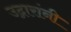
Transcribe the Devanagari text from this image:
उद्गारांनी